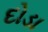
દોડા